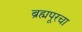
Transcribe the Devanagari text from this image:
ब्रह्मपूरचा